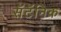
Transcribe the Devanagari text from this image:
सॅटॅनिक